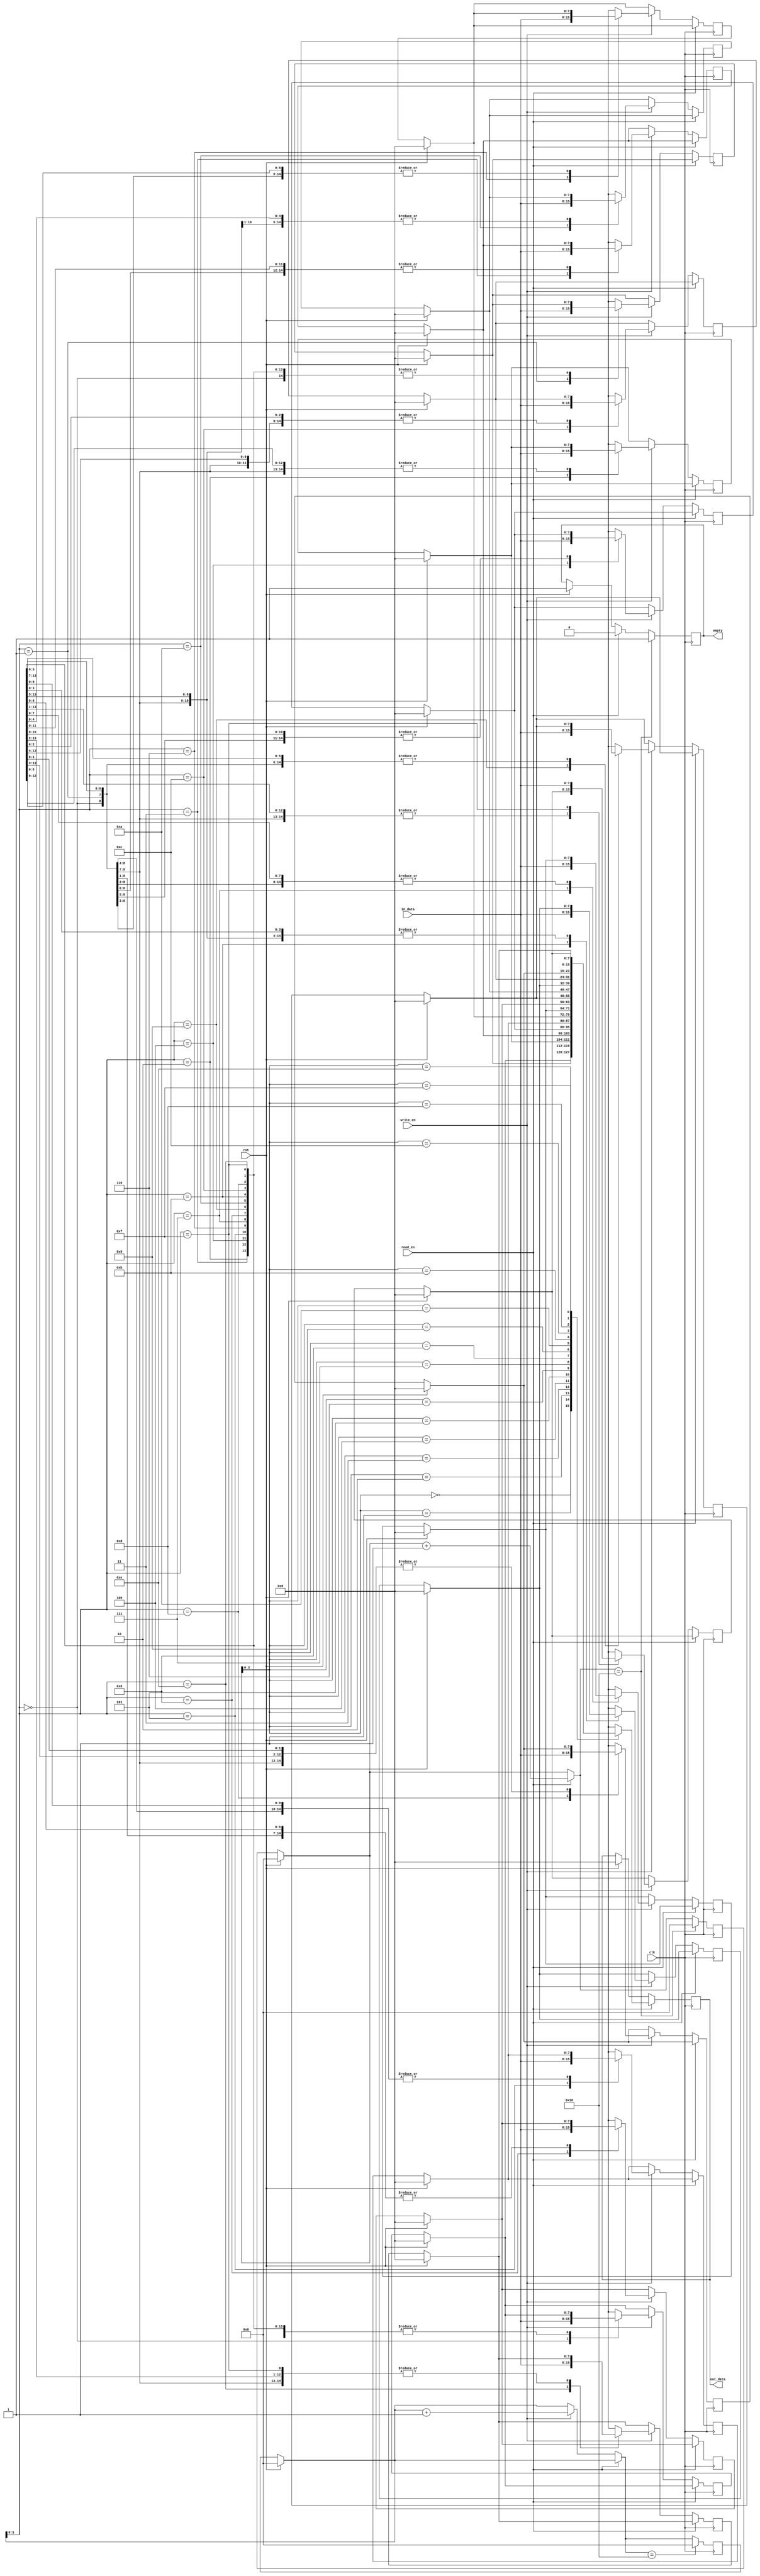
`timescale 1ns / 1ps
//////////////////////////////////////////////////////////////////////////////////
// Company: 
// Engineer: 
// 
// Design Name: 
// Module Name:    queue 
// Project Name: 
// Target Devices: 
// Tool versions: 
// Description: 
//
// Dependencies: 
//
// Revision: 
// Revision 0.01 - File Created
// Additional Comments: 
//
//////////////////////////////////////////////////////////////////////////////////
module queue(clk, rst, in_data, out_data, read_en, write_en, empty);
input clk, rst, read_en, write_en;
input [7:0] in_data;
output reg [7:0] out_data;
output reg empty;
reg [7:0] data_memory [0:15];				//Memory capacity is 8
reg [4:0] read_addr, write_addr;
integer i;
always@(posedge clk)
begin
	if(rst)
	begin
		read_addr=0;
		write_addr=0;
		out_data=0;
		empty = 1;
		for(i=0; i<16; i=i+1)
		begin
			data_memory[i] = 0;
		end	
	end
	
		if(read_en)
		begin
			out_data = 	data_memory[read_addr];
			read_addr = read_addr + 1;
			empty = 0;
		end
	
	else if(write_en == 1)
		begin
			data_memory[write_addr] = in_data;
			write_addr=write_addr+1;
		end	
		
	if(read_addr == 16)
		begin
			read_addr = 0;
			empty = 1;
		end
	if(write_addr == 16)
		write_addr = 0;
end

endmodule